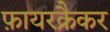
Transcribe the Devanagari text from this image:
फ़ायरक्रैकर